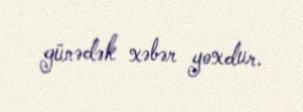
günədək xəbər yoxdur.